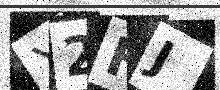
Text: X2HJ